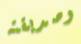
وصديقته